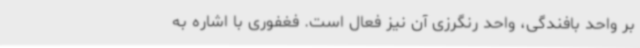
بر واحد بافندگی، واحد رنگرزی آن نیز فعال است. فغفوری با اشاره به